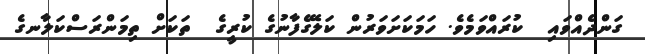
ގަންދެއްވައި  ކުރައްވަމެވެ. ހަމަކަށަވަރުން ކަލޭގެފާނުގެ ކުރީގެ  ތަކަށް ތިމަންރަސްކަލާނގެ